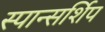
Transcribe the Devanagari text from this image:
स्पान्सर्शिप